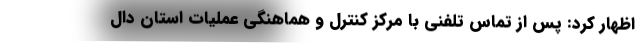
اظهار کرد: پس از تماس تلفنی با مرکز کنترل و هماهنگی عملیات استان دال